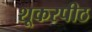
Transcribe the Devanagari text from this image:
शूकरपीठ